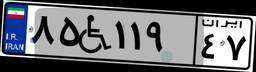
۸۵W۱۱۹۴۷